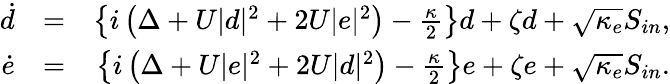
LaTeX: \begin{array}{rlr}{\dot{d}}&{=}&{\left\{ i\left(\Delta+U|d|^{2}+2U|e|^{2}\right)-\frac{\kappa}{2}\right\} d+\zeta d+\sqrt{\kappa_{e}}S_{in},}\\ {\dot{e}}&{=}&{\left\{ i\left(\Delta+U|e|^{2}+2U|d|^{2}\right)-\frac{\kappa}{2}\right\} e+\zeta e+\sqrt{\kappa_{e}}S_{in}.}\end{array}